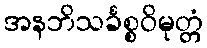
အနဘိသင်္ခစ္စဝိမုတ္တံ